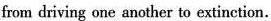
from driving one another to exthinction.